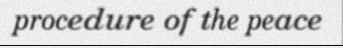
procedure of the peace